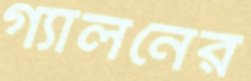
গ্যালনের